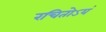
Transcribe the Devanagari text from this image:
रचितोऽयं